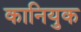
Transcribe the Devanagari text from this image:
कानियुक